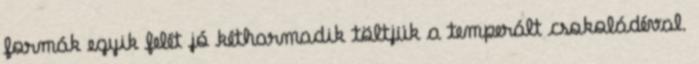
formák egyik felét jó kétharmadik töltjük a temperált csokoládéval.